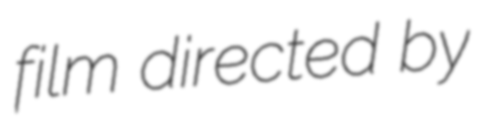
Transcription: film directed by